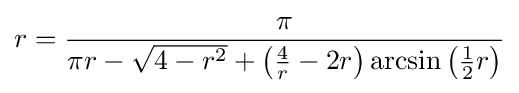
r={\frac {\pi }{\pi r-{\sqrt {4-r^{2}}}+\left({\frac {4}{r}}-2r\right)\arcsin \left({\frac {1}{2}}r\right)}}